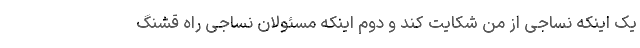
یک اینکه نساجی از من شکایت کند و دوم اینکه مسئولان نساجی راه قشنگ